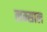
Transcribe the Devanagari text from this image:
लम्साल